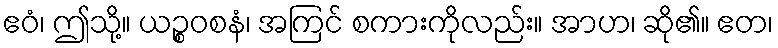
ဧဝံ၊ ဤသို့။ ယဉ္စဝစနံ၊ အကြင် စကားကိုလည်း။ အာဟ၊ ဆို၏။ ဧတ၊